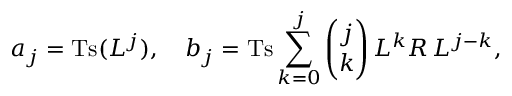
a _ { j } = \mathrm { T s } ( L ^ { j } ) , \quad b _ { j } = \mathrm { T s } \sum _ { k = 0 } ^ { j } { \binom { j } { k } } \, L ^ { k } R \, L ^ { j - k } ,